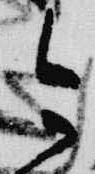
今